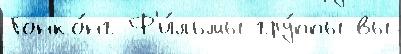
Гонко́нг Ф'и́льмы гру́ппы вы